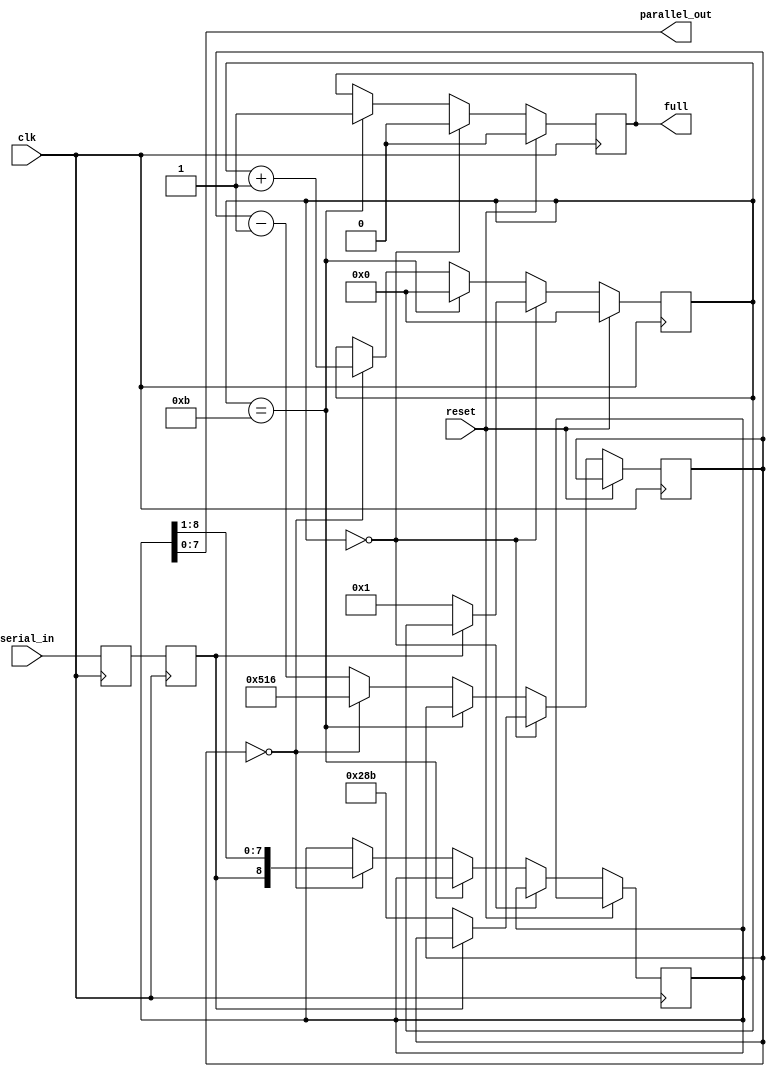
module rcv(clk, reset, full, parallel_out, serial_in);
    input clk;
    input reset;
    output reg full;
    output [7:0] parallel_out;
    input serial_in;
  reg serial_p;
  reg serial_s;
  reg [3:0] state;
  reg [8:0] shift;
  reg [10:0] count;
  assign parallel_out[7:0] = shift[7:0];
  always @(posedge clk) begin
    serial_p <= serial_in;
    serial_s <= serial_p;
  end
  always @(posedge clk) begin
    if (reset == 1) begin
      state <= 4'h0;
      full <= 0;
    end else begin
      if (state == 4'h0) begin
        full <= 0;
        if (serial_s == 0) begin
          state <= 4'h1;
          count <= 651;
        end
      end else
      if (state == 4'hb) begin
        state <= 4'h0;
        full <= 1;
      end else begin
        if (count == 0) begin
          state <= state + 1;
          shift[8:0] <= { serial_s, shift[8:1] };
          count <= 1302;
        end else begin
          count <= count - 1;
        end
      end
    end
  end
endmodule